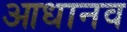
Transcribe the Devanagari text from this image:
आधानव